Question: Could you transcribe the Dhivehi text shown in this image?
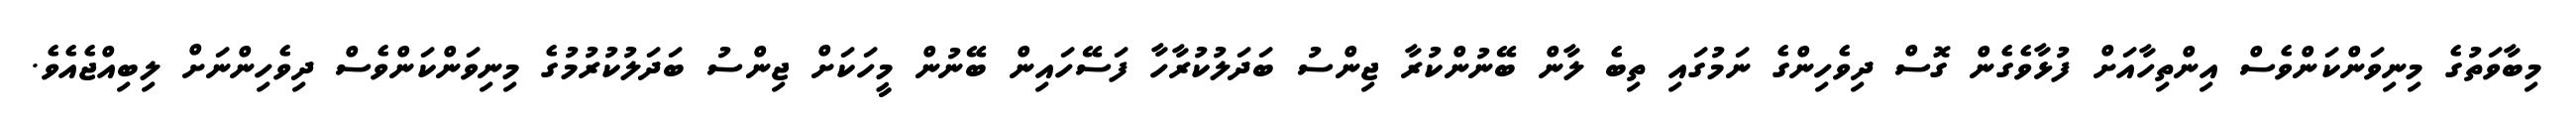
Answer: މިބާވަތުގެ މިނިވަންކަންވެސް އިންތިހާއަށް ފުޅާވެގެން ގޮސް ދިވެހިންގެ ނަމުގައި ތިބެ ލާން ބޭނުންކުރާ ޖިންސު ބަދަލުކުރާހާ ފަސޭހައިން ބޭނުން މީހަކަށް ޖިންސު ބަދަލުކުރުމުގެ މިނިވަންކަންވެސް ދިވެހިންނަށް ލިބިއްޖެއެވެ.